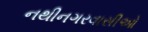
નથીનગરવાસીઓ